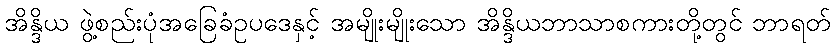
အိန္ဒိယ ဖွဲ့စည်းပုံအခြေခံဥပဒေနှင့် အမျိုးမျိုးသော အိန္ဒိယဘာသာစကားတို့တွင် ဘာရတ်